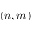
( n , m )